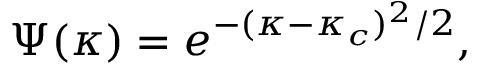
\Psi ( \kappa ) = e ^ { - ( \kappa - \kappa _ { c } ) ^ { 2 } / 2 } ,